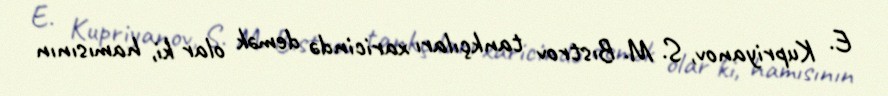
E. Kupriyanov, S. M. Bıstrov tankçıları xaricində demək olar ki, hamısının